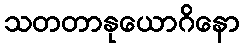
သတတာနုယောဂိနော